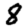
Digit: 8